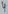
Text: 4